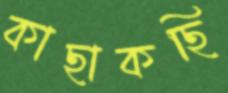
কাছাকছি